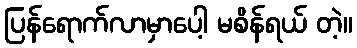
ပြန်ရောက်လာမှာပေါ့ မစိန်ရယ် တဲ့။